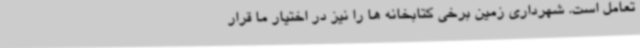
تعامل است. شهرداری زمین برخی کتابخانه ها را نیز در اختیار ما قرار